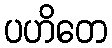
ပဟိတေ